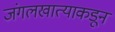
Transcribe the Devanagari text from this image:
जंगलखात्याकडून